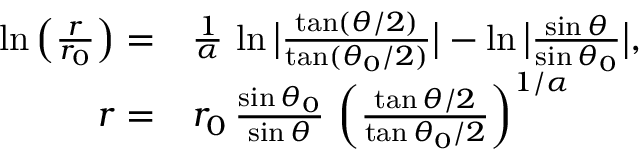
\begin{array} { r l } { \ln \left( \frac { r } { r _ { 0 } } \right) = } & { { } \frac { 1 } { \alpha } \, \ln \big \vert \frac { \tan ( \theta / 2 ) } { \tan ( \theta _ { 0 } / 2 ) } \big \vert - \ln \big \vert \frac { \sin \theta } { \sin \theta _ { 0 } } \big \vert , } \\ { r = } & { { } r _ { 0 } \, \frac { \sin \theta _ { 0 } } { \sin \theta } \, \left( \frac { \tan \theta / 2 } { \tan \theta _ { 0 } / 2 } \right) ^ { 1 / \alpha } } \end{array}